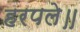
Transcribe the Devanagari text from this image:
हरपले॥